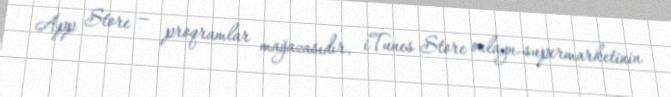
App Store — proqramlar mağazasıdır, iTunes Store onlayn-supermarketinin